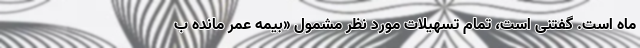
ماه است. گفتنی است، تمام تسهیلات مورد نظر مشمول «بیمه عمر مانده ب